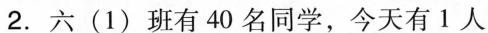
2.六(1)班有40名同学，今天有1人